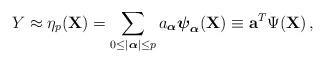
LaTeX: \begin{align*}Y \approx \eta_p(\mathbf{X}) = \sum_{0 \leq |\boldsymbol{\alpha}| \leq p} a_{\boldsymbol{\alpha}} \boldsymbol{\psi}_{\boldsymbol{\alpha}}(\mathbf{X}) \equiv \mathbf{a}^{T} \Psi(\mathbf{X}) \, ,\end{align*}